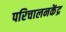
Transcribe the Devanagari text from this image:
परिचालनकेंद्र